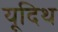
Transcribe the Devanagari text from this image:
यूदिथ